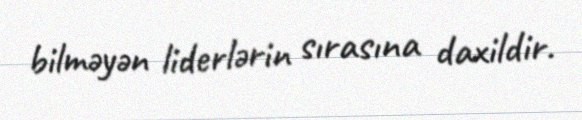
bilməyən liderlərin sırasına daxildir.